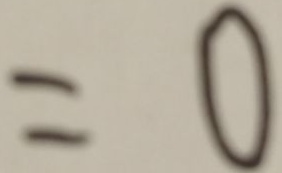
= 0